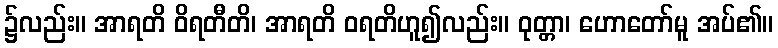
၌လည်း။ အာရတိ ဝိရတီတိ၊ အာရတိ ဝရတိဟူ၍လည်း။ ဝုတ္တာ၊ ဟောတော်မူ အပ်၏။